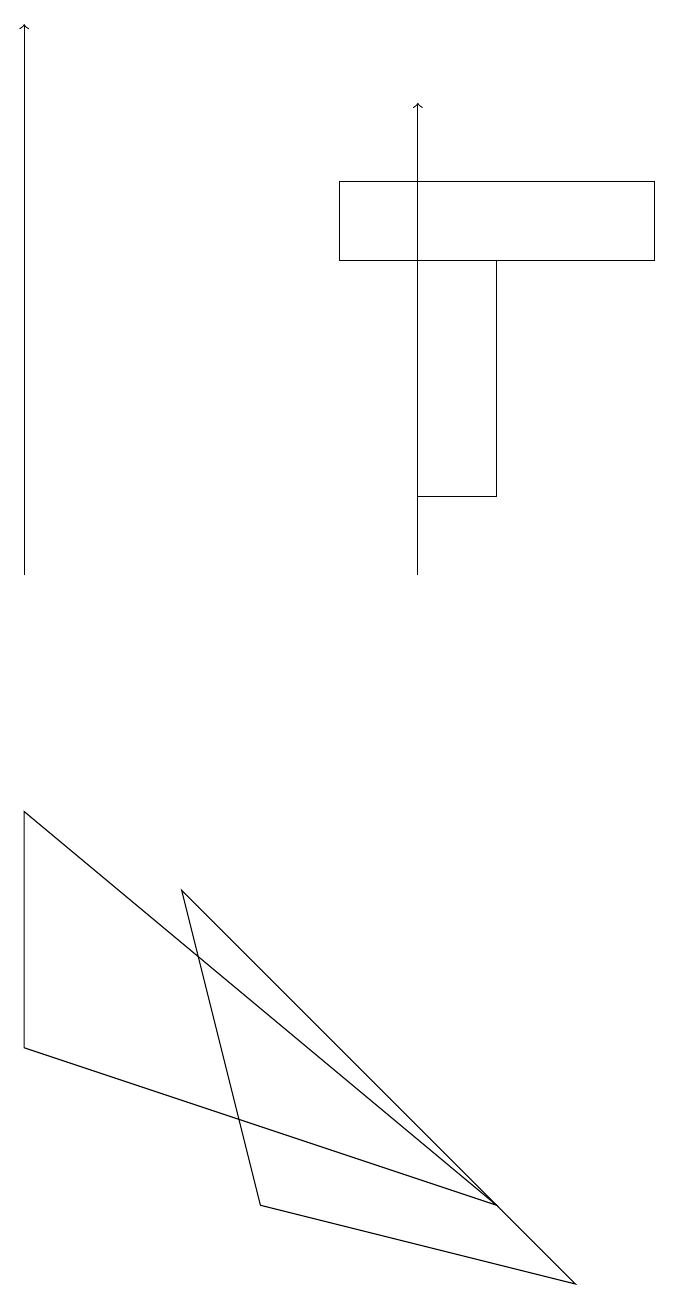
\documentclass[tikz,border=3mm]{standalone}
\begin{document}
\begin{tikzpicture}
\draw[->] (0,11) -- (0,18);
\draw (7,2) -- (3,3) -- (2,7) -- cycle;
\draw (5,15) rectangle (6,12);
\draw (0,5) -- (0,8) -- (6,3) -- cycle;
\draw[->] (5,11) -- (5,17);
\draw (8,16) rectangle (4,15);
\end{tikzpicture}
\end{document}